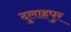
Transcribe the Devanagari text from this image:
दुलाहपुर